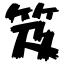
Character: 笈